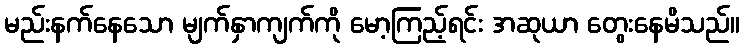
မည်းနက်နေသော မျက်နှာကျက်ကို မော့ကြည့်ရင်း အဆုယာ တွေးနေမိသည်။